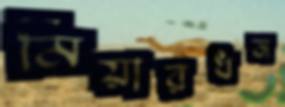
মিয়ারধন